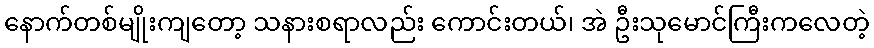
နောက်တစ်မျိုးကျတော့ သနားစရာလည်း ကောင်းတယ်၊ အဲ ဦးသုမောင်ကြီးကလေတဲ့